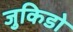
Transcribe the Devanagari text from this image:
जुकिडो